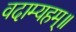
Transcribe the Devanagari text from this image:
वदाम्यहम्॥